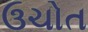
ઉચોત